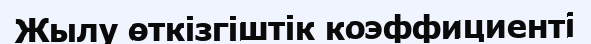
Жылу өткізгіштік коэффициенті